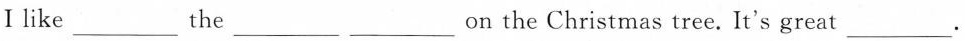
Ⅰlike___the__ ___on the Christmas tree.It's great___.